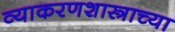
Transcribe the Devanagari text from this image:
व्याकरणशास्त्राच्या